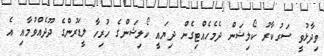
ވިދާޅުވީ ސަރުކާރު ކޯލިޝަން ދެމެހެއްޓިގެން ދިޔައީ ކޯލިޝަންގެ ހުރިހާ ލީޑަރުންގެ ދޫދެއްވުމާއި އެ